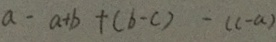
a - a + b + ( b - c ) - ( c - a )